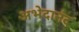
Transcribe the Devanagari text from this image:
अभेदानंद